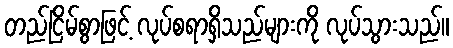
တည်ငြိမ်စွာဖြင့် လုပ်စရာရှိသည်များကို လုပ်သွားသည်။